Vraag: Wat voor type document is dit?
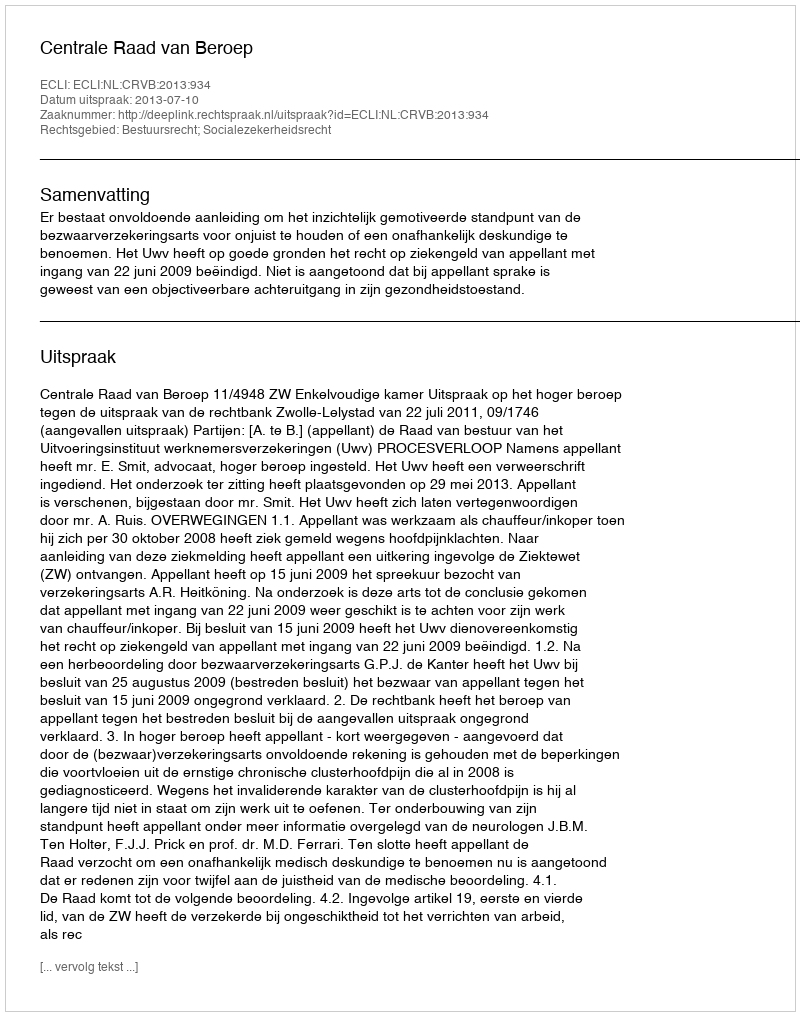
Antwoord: Uitspraak